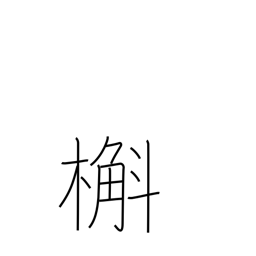
Meaning: oak